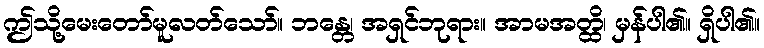
ဤသို့မေးတော်မူလတ်သော်။ ဘန္တေ၊ အရှင်ဘုရား။ အာမအတ္ထိ၊ မှန်ပါ၏။ ရှိပါ၏။